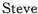
Steve